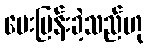
မေးမြန်းခဲ့သည်ဟု